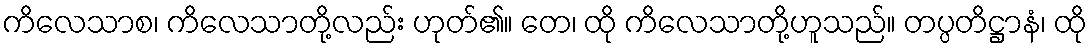
ကိလေသာစ၊ ကိလေသာတို့လည်း ဟုတ်၏။ တေ၊ ထို ကိလေသာတို့ဟူသည်။ တပ္ပတိဋ္ဌာနံ၊ ထို